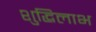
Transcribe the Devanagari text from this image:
शुद्धिलाभ